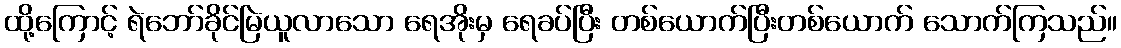
ထို့ကြောင့် ရဲဘော်ခိုင်မြဲယူလာသော ရေအိုးမှ ရေခပ်ပြီး တစ်ယောက်ပြီးတစ်ယောက် သောက်ကြသည်။